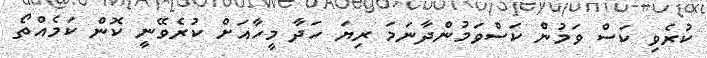
ކުރެވި ކަސް ވަމުން ކަސްވަމުންދާނަމަ ރިޔަ ހަދާ މީހާއަށް ކުރެވޭނީ ކޮން ކަމެއްތޯ